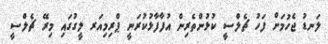
ލަނޑު ޖެހުމަށް ފަހު ޗެލްސީ ކުޅުންތެރިން އުފާފާޅުކުރަނީ ޕްރިމިއަރ ލީގުގައި މިރޭ ޗެލްސީ